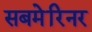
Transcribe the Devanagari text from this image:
सबमेरिनर